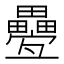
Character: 疉